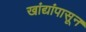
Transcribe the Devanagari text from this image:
खांद्यांपासून